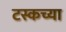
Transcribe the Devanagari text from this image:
टस्कच्या